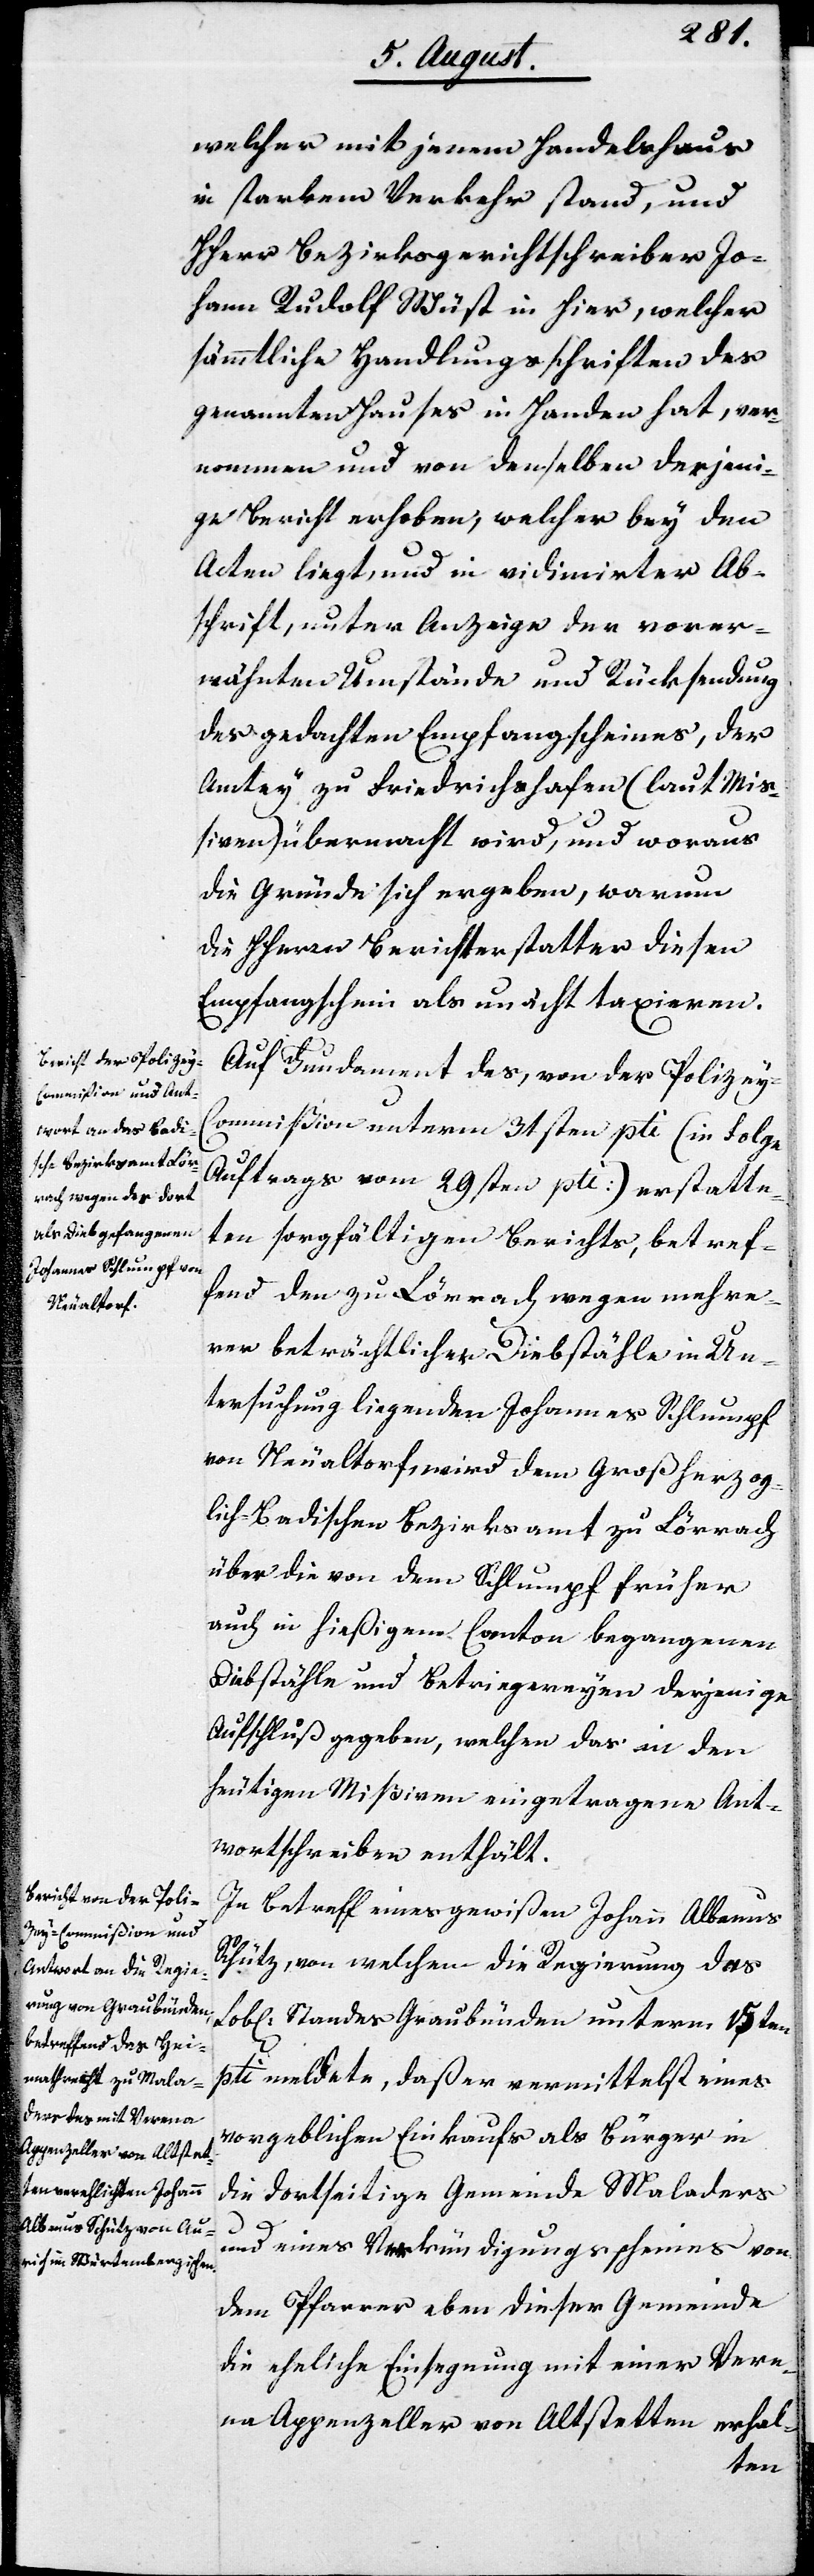
welcher mit jenem Handelshaus
in starkem Verkehr stand, und
Herr Bezirksgerichtschreiber Jo¬
hann Rudolf Wüst in hier, welcher
sämmtliche Handlungsschriften des
genannten Hauses in Handen hat, ver¬
nohmen und von denselben derjeni¬
ge Bericht erhoben, welcher bey den
Acten liegt, und in vidimierter Ab¬
schrift, unter Anzeige der vorer¬
wähnten Umstände und Rücksendung
des gedachten Empfangsscheins, der
Amtey zu Friedrichshafen (laut Mi¬
ßiven) übermacht wird, und woraus
die Gründe sich ergeben, warum
die HHerrn Berichterstatter diesen
Empfangschein als unächt taxieren.
Auf Fundament des, von der Polizey-C¬
ommißion unterm 31sten pti. (in Folge
Auftrags vom 29sten pti.) erstatte¬
ten sorgfältigen Berichts, betref¬
fend den zu Lörrach wegen mehre¬
rer beträchtlicher Diebstähle in Un¬
tersuchung liegenden Johannes Schlumpf
von Neualtorf wird dem Großherzog¬
lich Badischen Bezirksamt zu Lörrach
über die von dem Schlumpf früher
auch in hießigem Canton begangenen
Diebstähle und Betriegereyen derjenige
Aufschluß gegeben, welchen das in den
heutigen Mißiven eingetragene Ant¬
wortschreiben enthält.
In Betreff eines gewißen Johann Albanus
Schütz, von welchem die Regierung des
Lobl. Standes Graubünden unterm 15ten
pti. meldete, daß er vermittelst eines
vergeblichen Einkaufs als Bürger in
die dortseitige Gemeinde Maladers
und eines Verkündigungsscheins von
dem Pfarrer eben dieser Gemeinde
die eheliche Einsegnung mit einer Vere¬
na Appenzeller von Altstetten erhal-